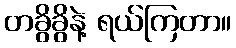
တခွိခွိနဲ့ ရယ်ကြတာ။